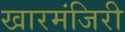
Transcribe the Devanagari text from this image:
खारमंजिरी